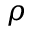
\rho